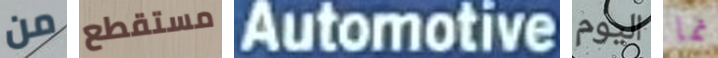
من مستقطع Automotive اليوم نما